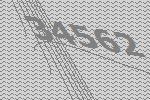
34562